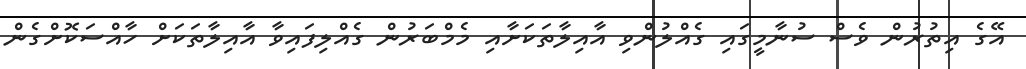
އޭގެ އިތުރުން ވެސް ސުނާމީގައި ގެއްލުންވި އާއިލާތަކަށާއި މެމްބަރުން ގެއްލިފައިވާ އާއިލާތަކަށް ހާއްސަކޮށްގެން